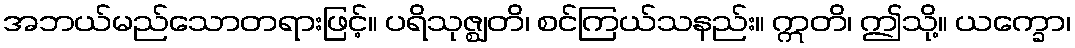
အဘယ်မည်သောတရားဖြင့်။ ပရိသုဇ္ဈတိ၊ စင်ကြယ်သနည်း။ ဣတိ၊ ဤသို့။ ယက္ခော၊